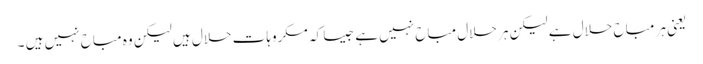
یعنی ہر مباح حلال ہے لیکن ہر حلال مباح نہیں ہے جیسا کہ مکروہات حلال ہیں لیکن وہ مباح نہیں ہیں ۔